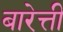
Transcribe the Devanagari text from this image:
बारेत्ती